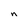
Character: n